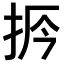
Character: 𢫲